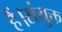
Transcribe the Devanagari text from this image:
हैं।संयुक्त